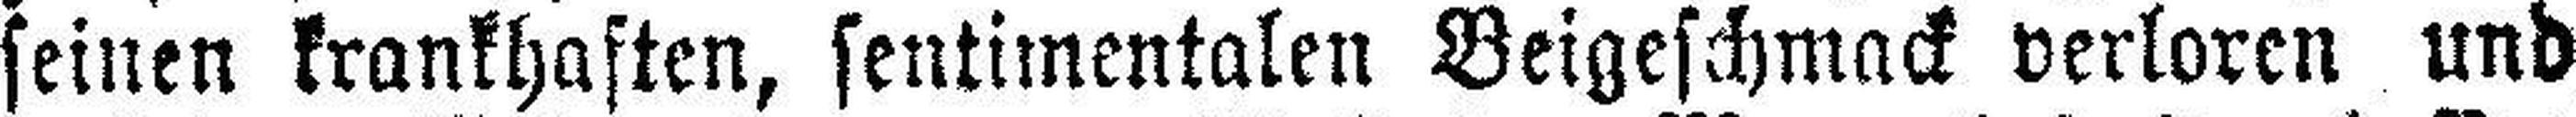
seinen krankhaften, sentimentalen Beigeschmack verloren und